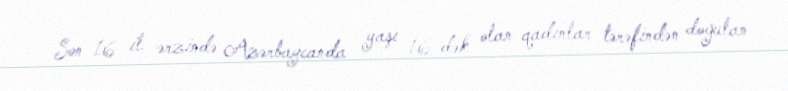
Son 16 il ərzində Azərbaycanda yaşı 16-dək olan qadınlar tərəfindən doğulan